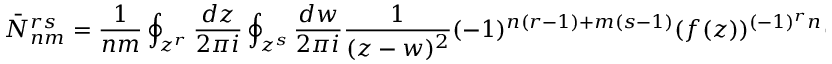
\bar { N } _ { n m } ^ { r s } = \frac { 1 } { n m } \oint _ { z ^ { r } } \frac { d z } { 2 \pi i } \oint _ { z ^ { s } } \frac { d w } { 2 \pi i } \frac { 1 } { ( z - w ) ^ { 2 } } ( - 1 ) ^ { n ( r - 1 ) + m ( s - 1 ) } ( f ( z ) ) ^ { ( - 1 ) ^ { r } n } ( f ( w ) ) ^ { ( - 1 ) ^ { s } m }